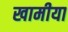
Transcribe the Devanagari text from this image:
खामीया